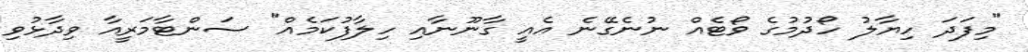
"މިފަދަ ހިޔާލު ހޯދުމުގެ ވޯޓެއް ނުނެގޭނެ އެއީ ގާނޫނާއި ހިލާފުކަމެއް" ސަންޓާމަރީއާ ވިދާޅުވި